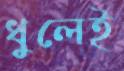
ধুলেই